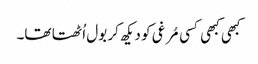
کبھی کبھی کسی مُرغی کو دیکھ کر بول اُٹھتا تھا۔